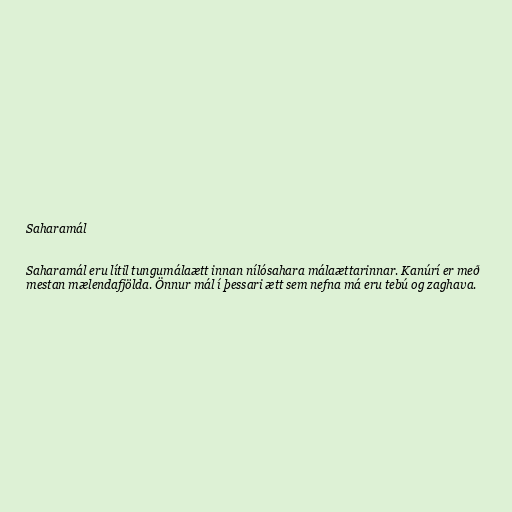
Saharamál

Saharamál eru lítil tungumálaætt innan nílósahara málaættarinnar. Kanúrí er með
mestan mælendafjölda. Önnur mál í þessari ætt sem nefna má eru tebú og zaghava.